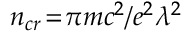
n _ { c r } \! = \! \pi m c ^ { 2 } / e ^ { 2 } \lambda ^ { 2 }